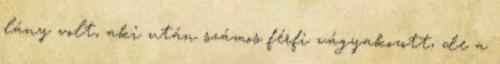
lány volt, aki után számos férfi vágyakozott, de a